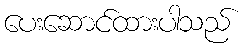
ပေးဆောင်ထားပါသည်